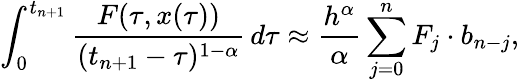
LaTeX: \int_{0}^{t_{n+1}}\frac{F(\tau,x(\tau))}{(t_{n+1}-\tau)^{1-\alpha}}\, d\tau\approx\frac{h^{\alpha}}{\alpha}\sum_{j=0}^{n}F_{j}\cdot b_{n-j},